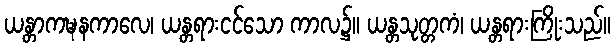
ယန္တာကဍ္ဎနကာလေ၊ ယန္တရားငင်သော ကာလ၌။ ယန္တသုတ္တကံ၊ ယန္တရားကြိုးသည်။